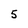
Character: 5